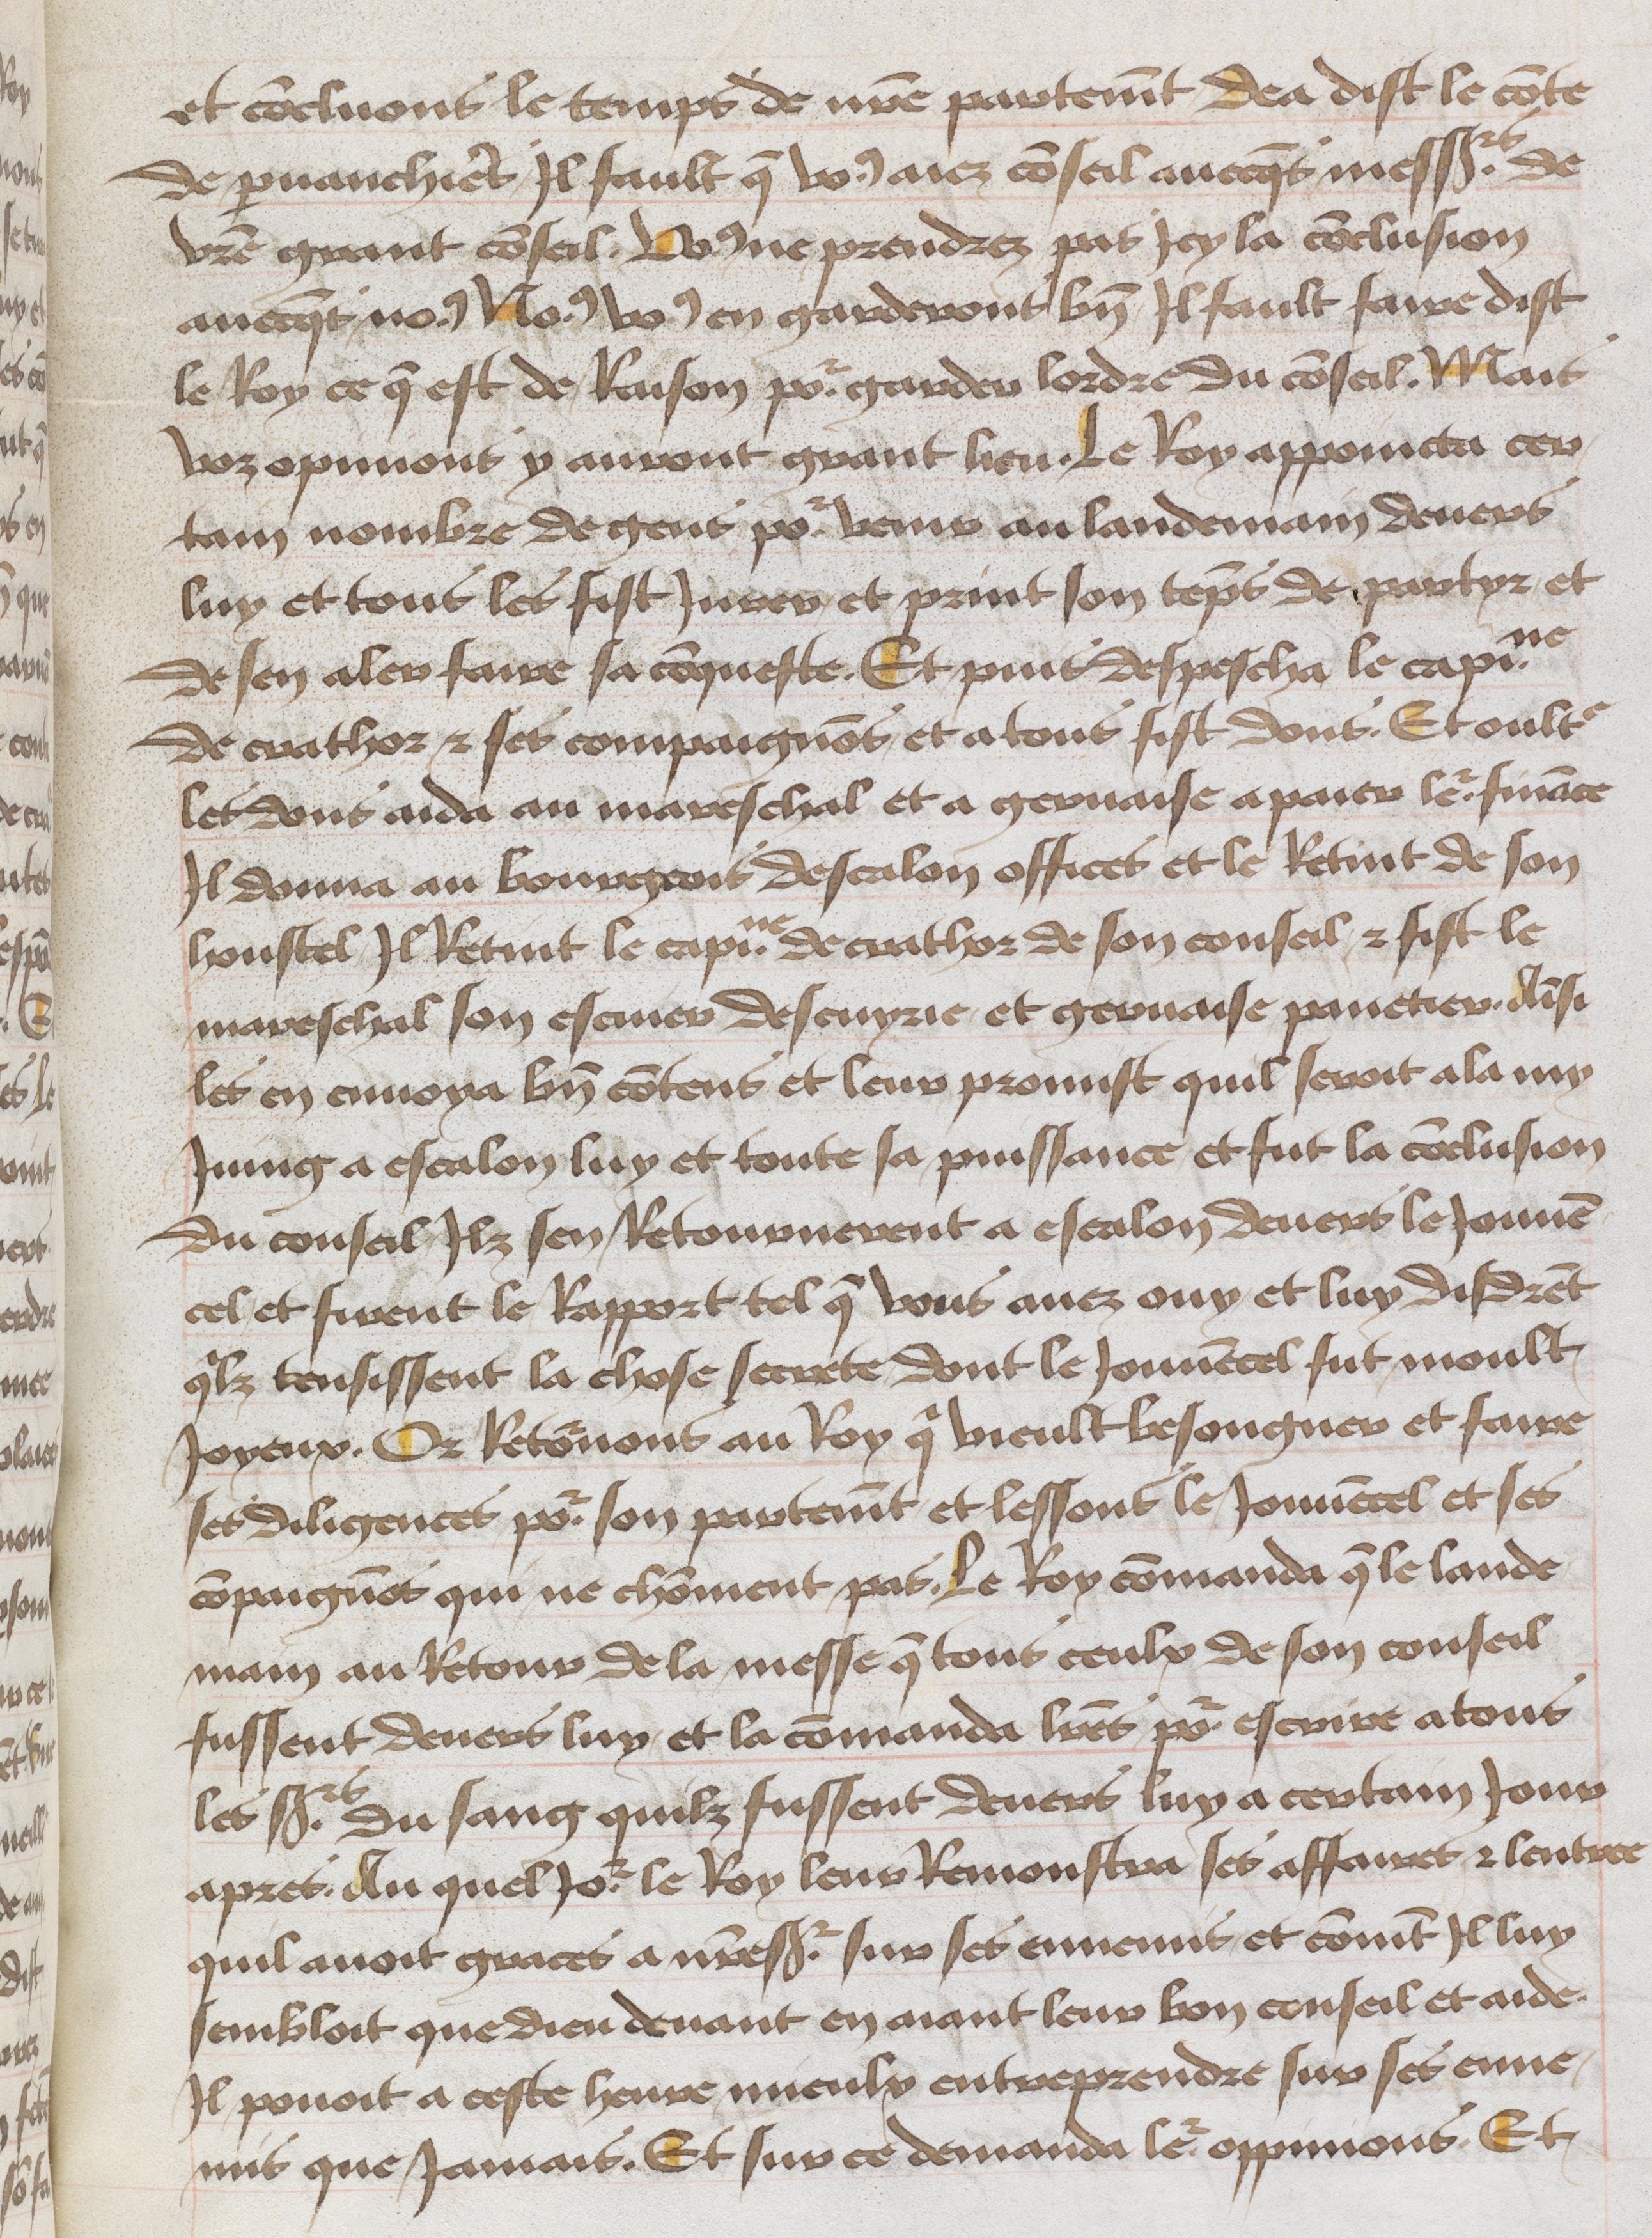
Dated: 1465–1480